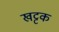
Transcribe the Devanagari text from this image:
खट्टक